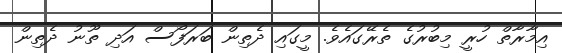
އިމާރާތް ހުރީ މިބުރުގެ ތެރޭގައެވެ. މީގައި ދެތިން ބަރަފޯސް އަދި ތޫނު ދެތިން